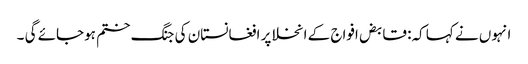
انہوں نے کہا کہ: قابض افواج کے انخلا پر افغانستان کی جنگ ختم ہوجائے گی ۔